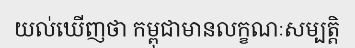
យល់ឃើញថា កម្ពុជាមានលក្ខណៈសម្បត្តិ